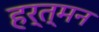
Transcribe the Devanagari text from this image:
हर्त्मन